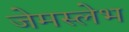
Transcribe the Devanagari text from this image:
जेमस्लेभ